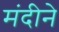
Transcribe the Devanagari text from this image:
मंदीने